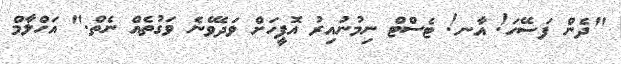
"ދެން ފަސޭހަ! އާނ! ޓެސްޓް ނިމުނުއިރު އޮފީހަށް ވަދެވޭނެ ވަގުތެއް ނެތް." އަހްލާމް